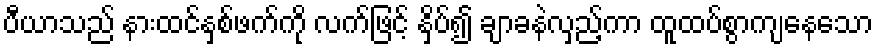
ပီယာသည် နားထင်နှစ်ဖက်ကို လက်ဖြင့် နှိပ်၍ ချာခနဲလှည့်ကာ ထူထပ်စွာကျနေသော